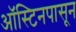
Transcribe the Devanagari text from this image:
ऑस्टिनपासून